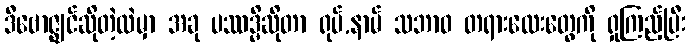
ဒီဗောဇ္ဈင်ဆိုတဲ့ထဲမှာ အခု ပဿဒ္မိဆိုတာ ရုပ်,နာမ် သဘာဝ တရားလေးတွေကို ရှုကြည့်ပြီး